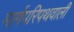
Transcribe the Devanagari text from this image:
मार्गपरिपथवाली